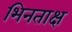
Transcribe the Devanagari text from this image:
भिनताक्ष